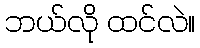
ဘယ်လို ထင်လဲ။